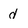
Character: d